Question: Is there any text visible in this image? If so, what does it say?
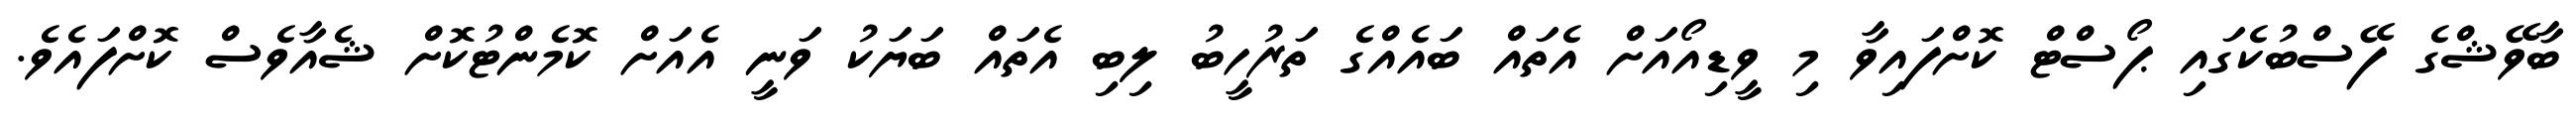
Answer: ބާވޭޝްގެ ފޭސްބުކެގައި ޕޯސްޓް ކޮށްފައިވާ މި ވީޑިއޯއަށް އެތައް ބައެއްގެ ތަރުހީބު ލިބި އެތައް ބަޔަކު ވަނީ އެއަށް ކޮމެންޓުކޮށް ޝެއާވެސް ކޮށްފައެވެ.